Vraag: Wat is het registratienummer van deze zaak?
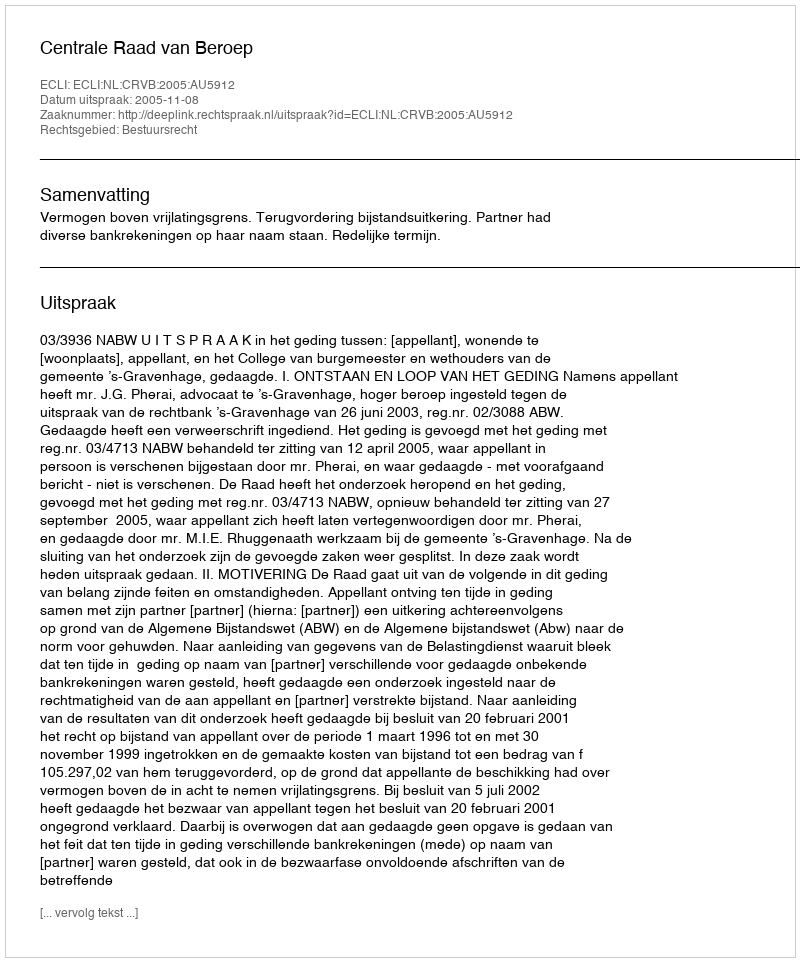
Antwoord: http://deeplink.rechtspraak.nl/uitspraak?id=ECLI:NL:CRVB:2005:AU5912